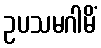
ဥပသမဂါမိံ